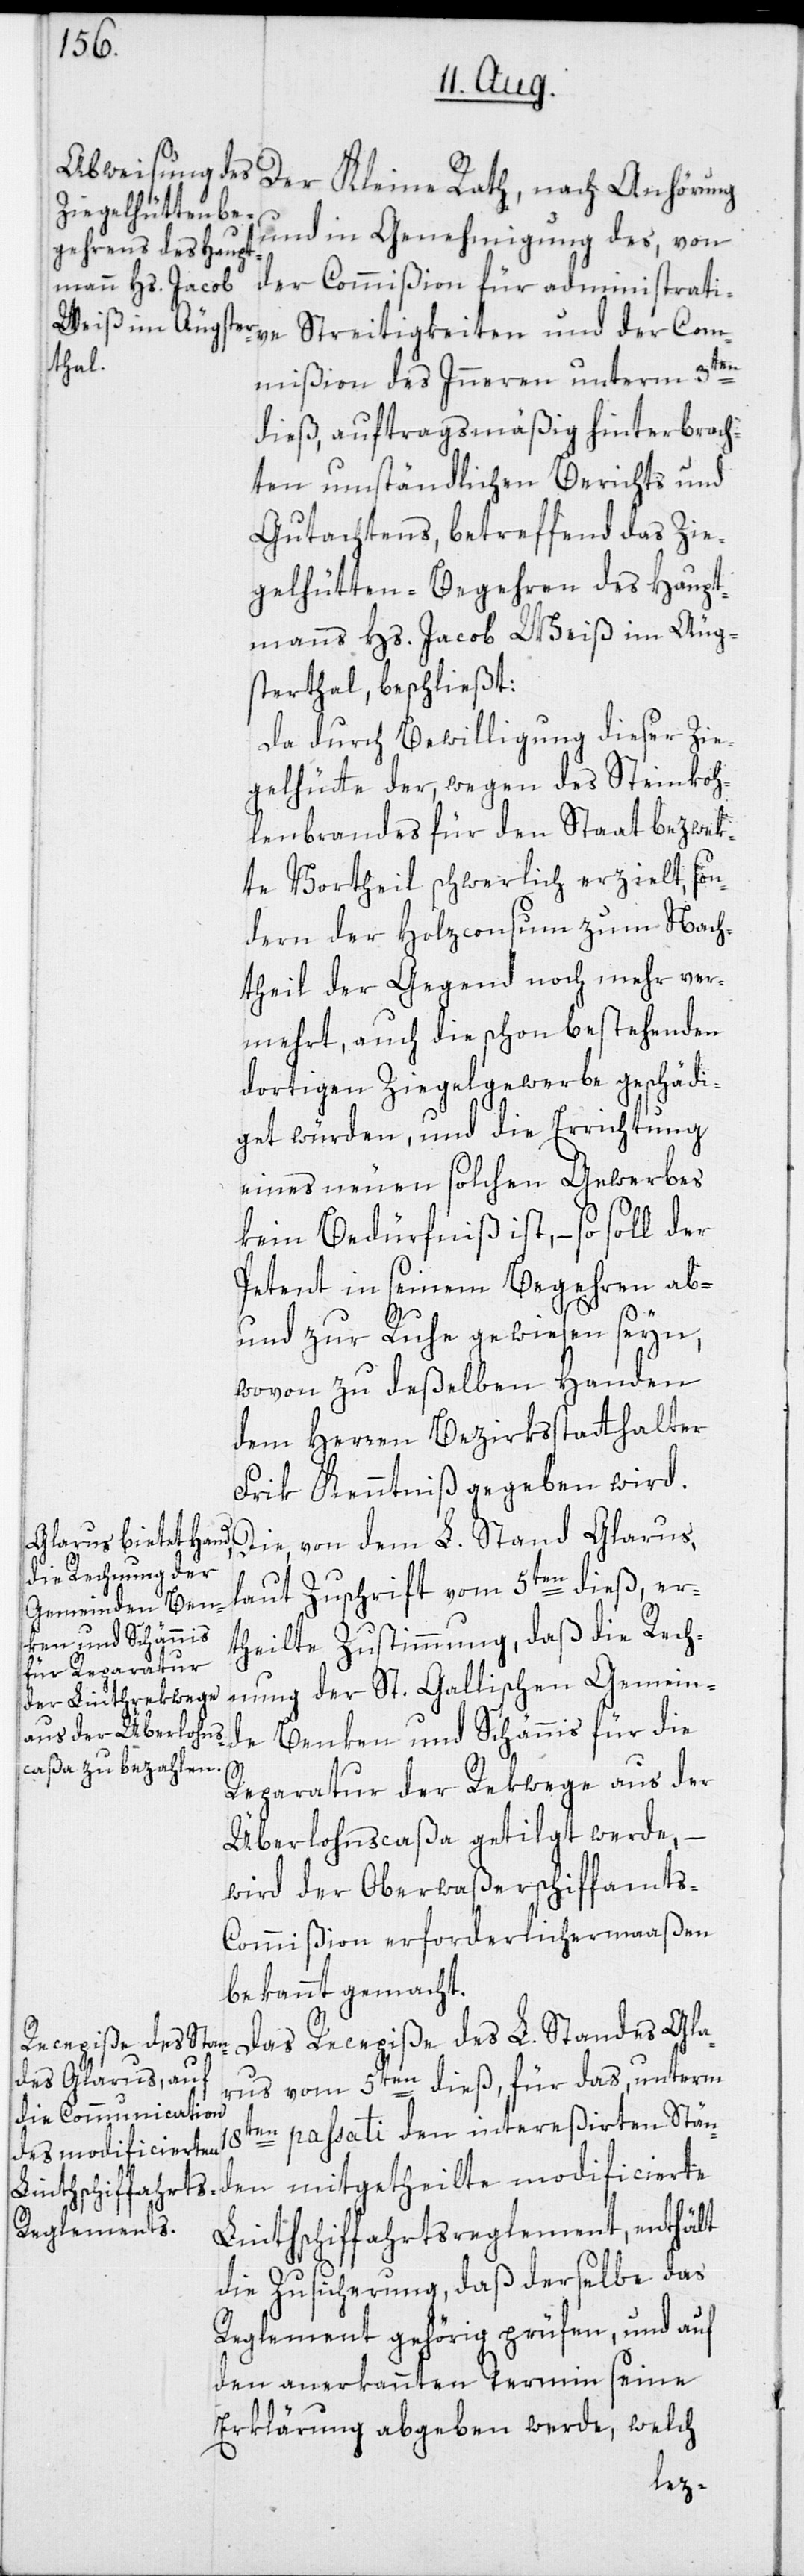
Der Kleine Rath, nach Anhörung
und in Genehmigung des, von
der Commißion für administrative
Commißion des Inneren unterm 3ten
dieß, auftragsmäßig hinterbrach¬
ten umständlichen Berichts und
Gutachtens, betreffend das Zie¬
gelhütten-Begehren des Haupt¬
manns Hs. Jacob Weiß im Äug¬
sterthal, beschließt:
Da durch Bewilligung dieser Zie¬
gelhütte der, wegen des Steinkoh¬
lenbrandes für den Staat bezwek¬
te Vortheil schwerlich erzielt, son¬
dern der Holzconsum zum Nach¬
theil der Gegend noch mehr ver¬
mehrt, auch die schon bestehenden
dortigen Ziegelgewerbe geschädi¬
get würden, und die Errichtung
eines neuen solchen Gewerbes
kein Bedürfniß ist, – so soll der
Petent in seinem Begehren ab-
und zur Ruhe gewiesen seyn,
wovon zu deßelben Handen
dem Herren Bezirksstatthalter
Frik Kenntniß gegeben wird.
Die, von dem L. Stand Glarus,
laut Zuschrift vom 5ten dieß, er¬
theilte Zustimmung, daß die Rech¬
nung der St. Gallischen Gemein¬
de Benken und Schännis für die
Reparatur der Rekwege aus der
Überlohnscaßa getilgt werde,
wird der Oberwaßerschiffamt¬
s-Commißion erforderlichermaaßen
bekannt gemacht.
Das Recepiße des L. Standes Glar¬
us vom 5ten dieß, für das, unterm
18ten passati den intereßierten Ständen
Linthschiffahrtsreglement, enthält
die Zusicherung, daß derselbe das
Reglement gehörig prüfen, und auf
den anerkannten Termin seine
Erklärung abgeben werde, welch